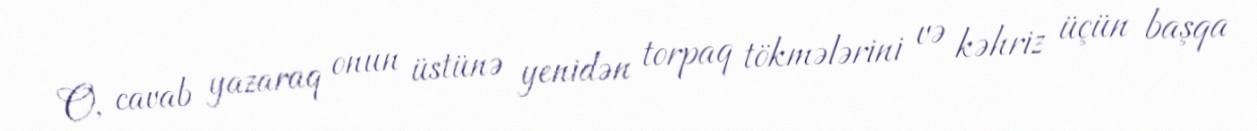
O, cavab yazaraq onun üstünə yenidən torpaq tökmələrini və kəhriz üçün başqa